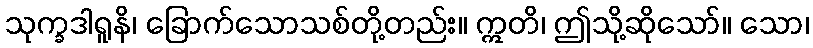
သုက္ခဒါရူနိ၊ ခြောက်သောသစ်တို့တည်း။ ဣတိ၊ ဤသို့ဆိုသော်။ သော၊